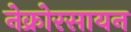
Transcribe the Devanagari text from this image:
नेक्रोरसायन